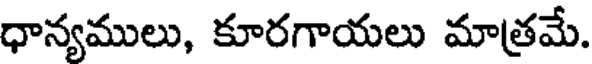
ధాన్యములు, కూరగాయలు మాత్రమే.